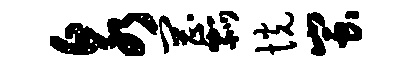
泉罔瓢恍蚩